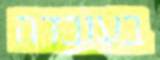
בעובדה